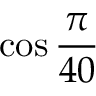
\cos { \frac { \pi } { 4 0 } }